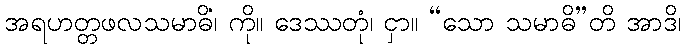
အရဟတ္တဖလသမာဓိံ၊ ကို။ ဒေဿတုံ၊ ငှာ။ “သော သမာဓိ”တိ အာဒိ၊